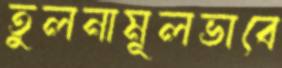
তুলনামূলভাবে